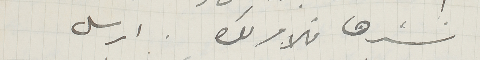
نشرها فالامر  لك. ارسل